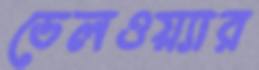
ডেলওয়্যার